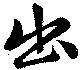
出